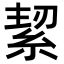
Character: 𮈑